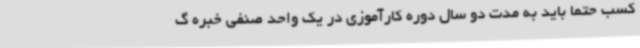
کسب حتماً باید به مدت دو سال دوره کارآموزی در یک واحد صنفی خبره گ